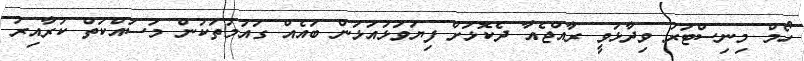
ހޯމް މިނިސްޓަރު ވިދާޅުވީ ރާއްޖެއާ ދެކޮޅަށް ފިޔަވަޅުއަޅަން ބައެއް ގައުމުތަކުން މަސައްކަތް ކުރާއިރު